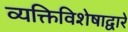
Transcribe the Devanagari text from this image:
व्यक्तिविशेषाद्वारे